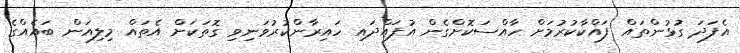
އެފަދަ ގުޅުންތައް ފައްކާކުރުމަށް ހާއްސަކޮށްގެން އުފައްދައި ހައިރާންކުރުވަނިވި ގޮތަކަށް އެތައް މިލިއަން ބައެއްގެ